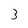
Character: 3